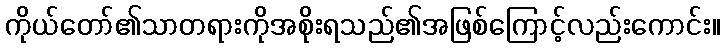
ကိုယ်တော်၏သာတရားကိုအစိုးရသည်၏အဖြစ်ကြောင့်လည်းကောင်း။